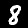
Digit: 8